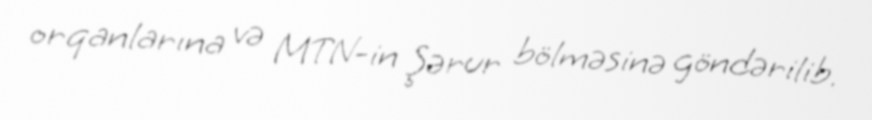
orqanlarına və MTN-in Şərur bölməsinə göndərilib.